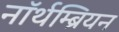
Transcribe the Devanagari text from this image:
नॉर्थम्ब्रियन